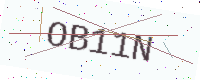
Text: OB11N